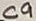
Text: C9